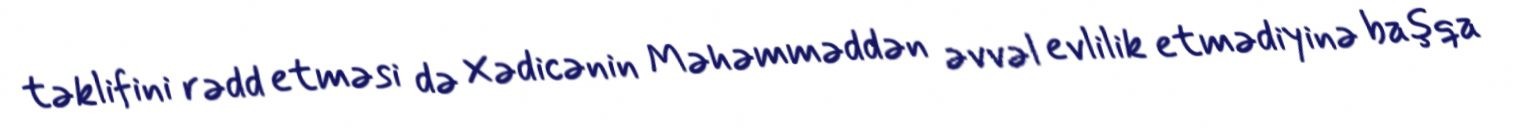
təklifini rədd etməsi də Xədicənin Məhəmməddən əvvəl evlilik etmədiyinə başqa